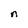
Character: n